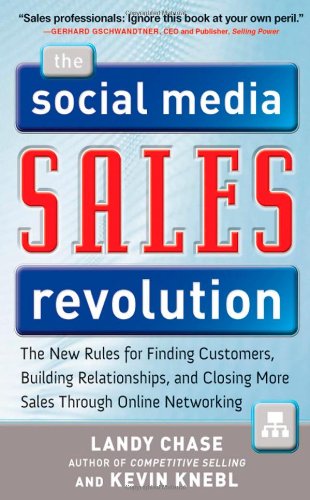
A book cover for The Social Media Sales Revolution: The New Rules for Finding Customers, Building Relationships, and Closing More Sales Through Online Networking; Landy Chase; Computers & Technology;